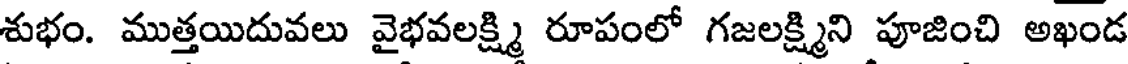
శుభం. ముత్తయిదువలు వైభవలక్ష్మి రూపంలో గజలక్ష్మిని పూజించి అఖండ